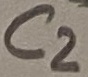
Text: C2